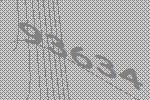
93634